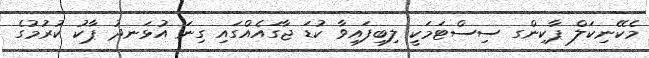
މެކޭނިކަލް ޕާކިންގ ސިސްޓަމަކީ ލިބިފައިވާ ކުޑަ ޖާގައެއްގައި ގިނަ އުޅަނދު ޕާކު ކުރުމުގެ